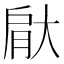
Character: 𮌙